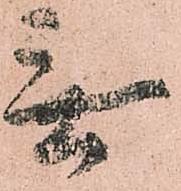
無